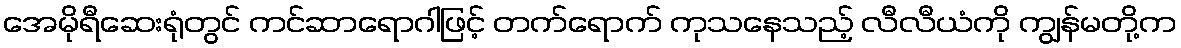
အေမိုရီဆေးရုံတွင် ကင်ဆာရောဂါဖြင့် တက်ရောက် ကုသနေသည့် လီလီယံကို ကျွန်မတို့က